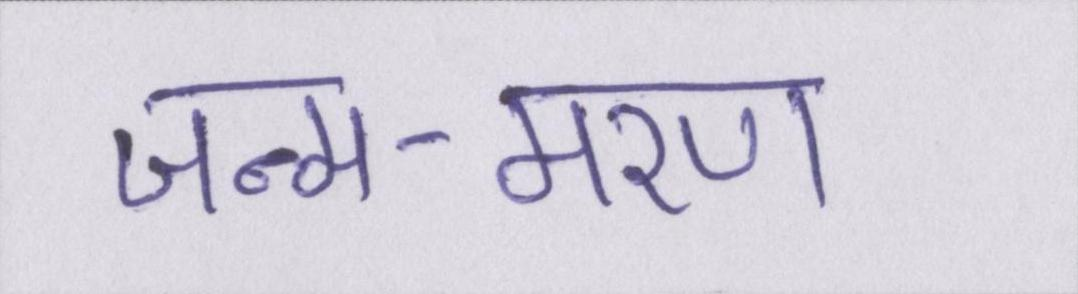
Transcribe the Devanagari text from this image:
जन्म-मरण